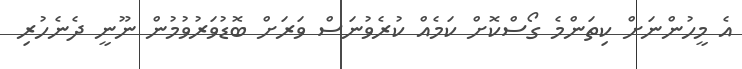
އެ މީހުންނަށް ކިތަންމެ ގޯސްކޮށް ކަމެއް ކުރެވުނަސް ވަރަށް ބޮޑުވަރުވުމުން ނޫނީ ދެނެހުރި